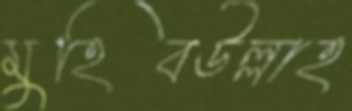
মুহিবউল্লাহ